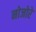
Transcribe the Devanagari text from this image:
नोजोरे